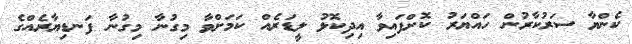
ކެންޔާ ސަރުކާރުން ހައްޔަރު ކޮށްފައިވާ އިދިކޮޅު ލީޑަރެއް ކަމަށްވާ މިގުނާ މިގުނާ ފަނޑިޔާރެއްގެ